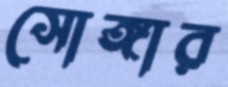
সোঙ্গার